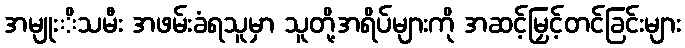
အမျုးိသမီး အဖမ်းခံရသူမှာ သူတို့အရိပ်များကို အဆင့်မြှင့်တင်ခြင်းများ